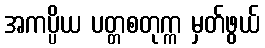
အကပ္ပိယ ပတ္တစတုက္က မှတ်ဖွယ်